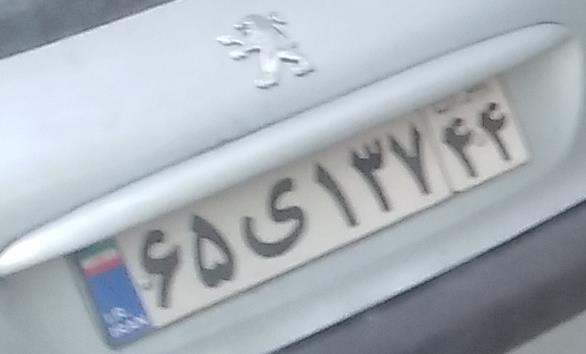
۶۵ی۱۳۷۴۴